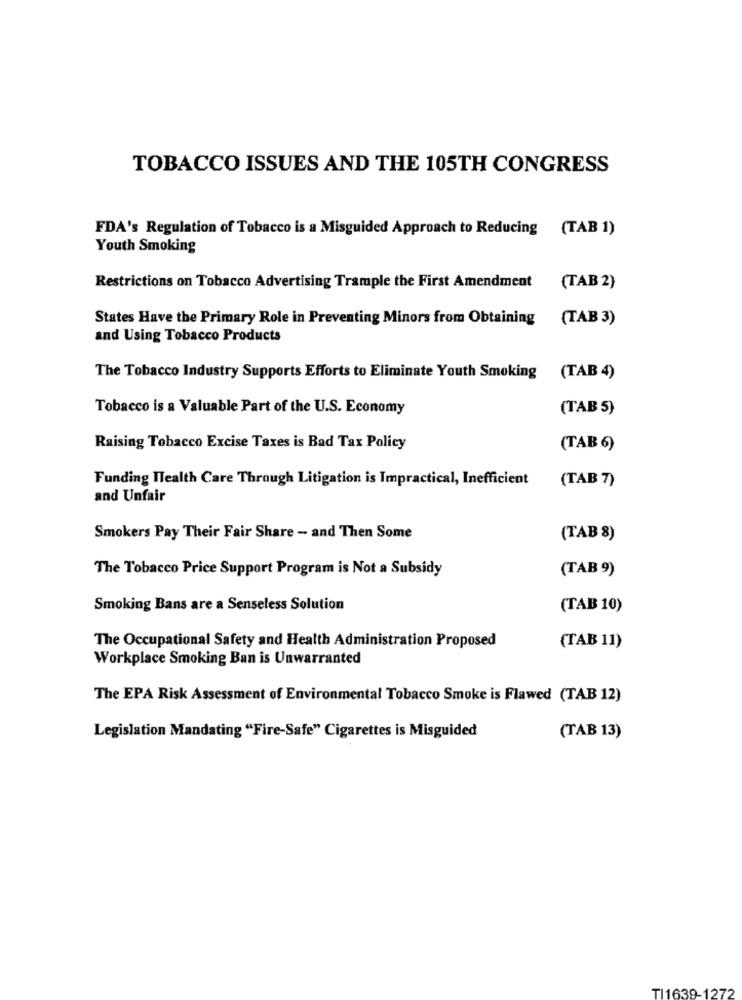
TOBACCO ISSUES AND THE 105TH CONGRESS
FDA's Regulation of Tobacco is a Misguided Approach to Reducing (TAB 1)
Youth Smoking
Restrictions on Tobacco Advertising Trample the First Amendment
(TAB 2)
States Have the Primary Role in Preventing Minors from Obtaining (TAB 3)
and Using Tobacco Products
The Tobacco Industry Supports Efforts to Eliminate Youth Smoking (TAB 4)
Tobacco is a Valuable Part of the U.S. Economy
(TAB 5)
Raising Tobacco Excise Taxes is Bad Tax Policy
(TAB 6)
Funding Health Care Through Litigation is Impractical, Inefficient
(TAB 7)
and Unfair
Smokers Pay Their Fair Share - and Then Some
(TAB 8)
The Tobacco Price Support Program is Not a Subsidy
(TAB 9)
Smoking Bans are a Senseless Solution
(TAB 10)
The Occupational Safety and Health Administration Proposed
(TAB 11)
Workplace Smoking Ban is Unwarranted
The EPA Risk Assessment of Environmental Tobacco Smoke is Flawed (TAB 12)
Legislation Mandating "Fire-Safe" Cigarettes is Misguided
(TAB 13)
TI1639-1272